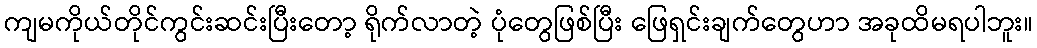
ကျမကိုယ်တိုင်ကွင်းဆင်းပြီးတော့ ရိုက်လာတဲ့ ပုံတွေဖြစ်ပြီး ဖြေရှင်းချက်တွေဟာ အခုထိမရပါဘူး။